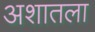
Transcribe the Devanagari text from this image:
अशातला